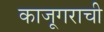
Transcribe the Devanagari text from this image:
काजूगराची